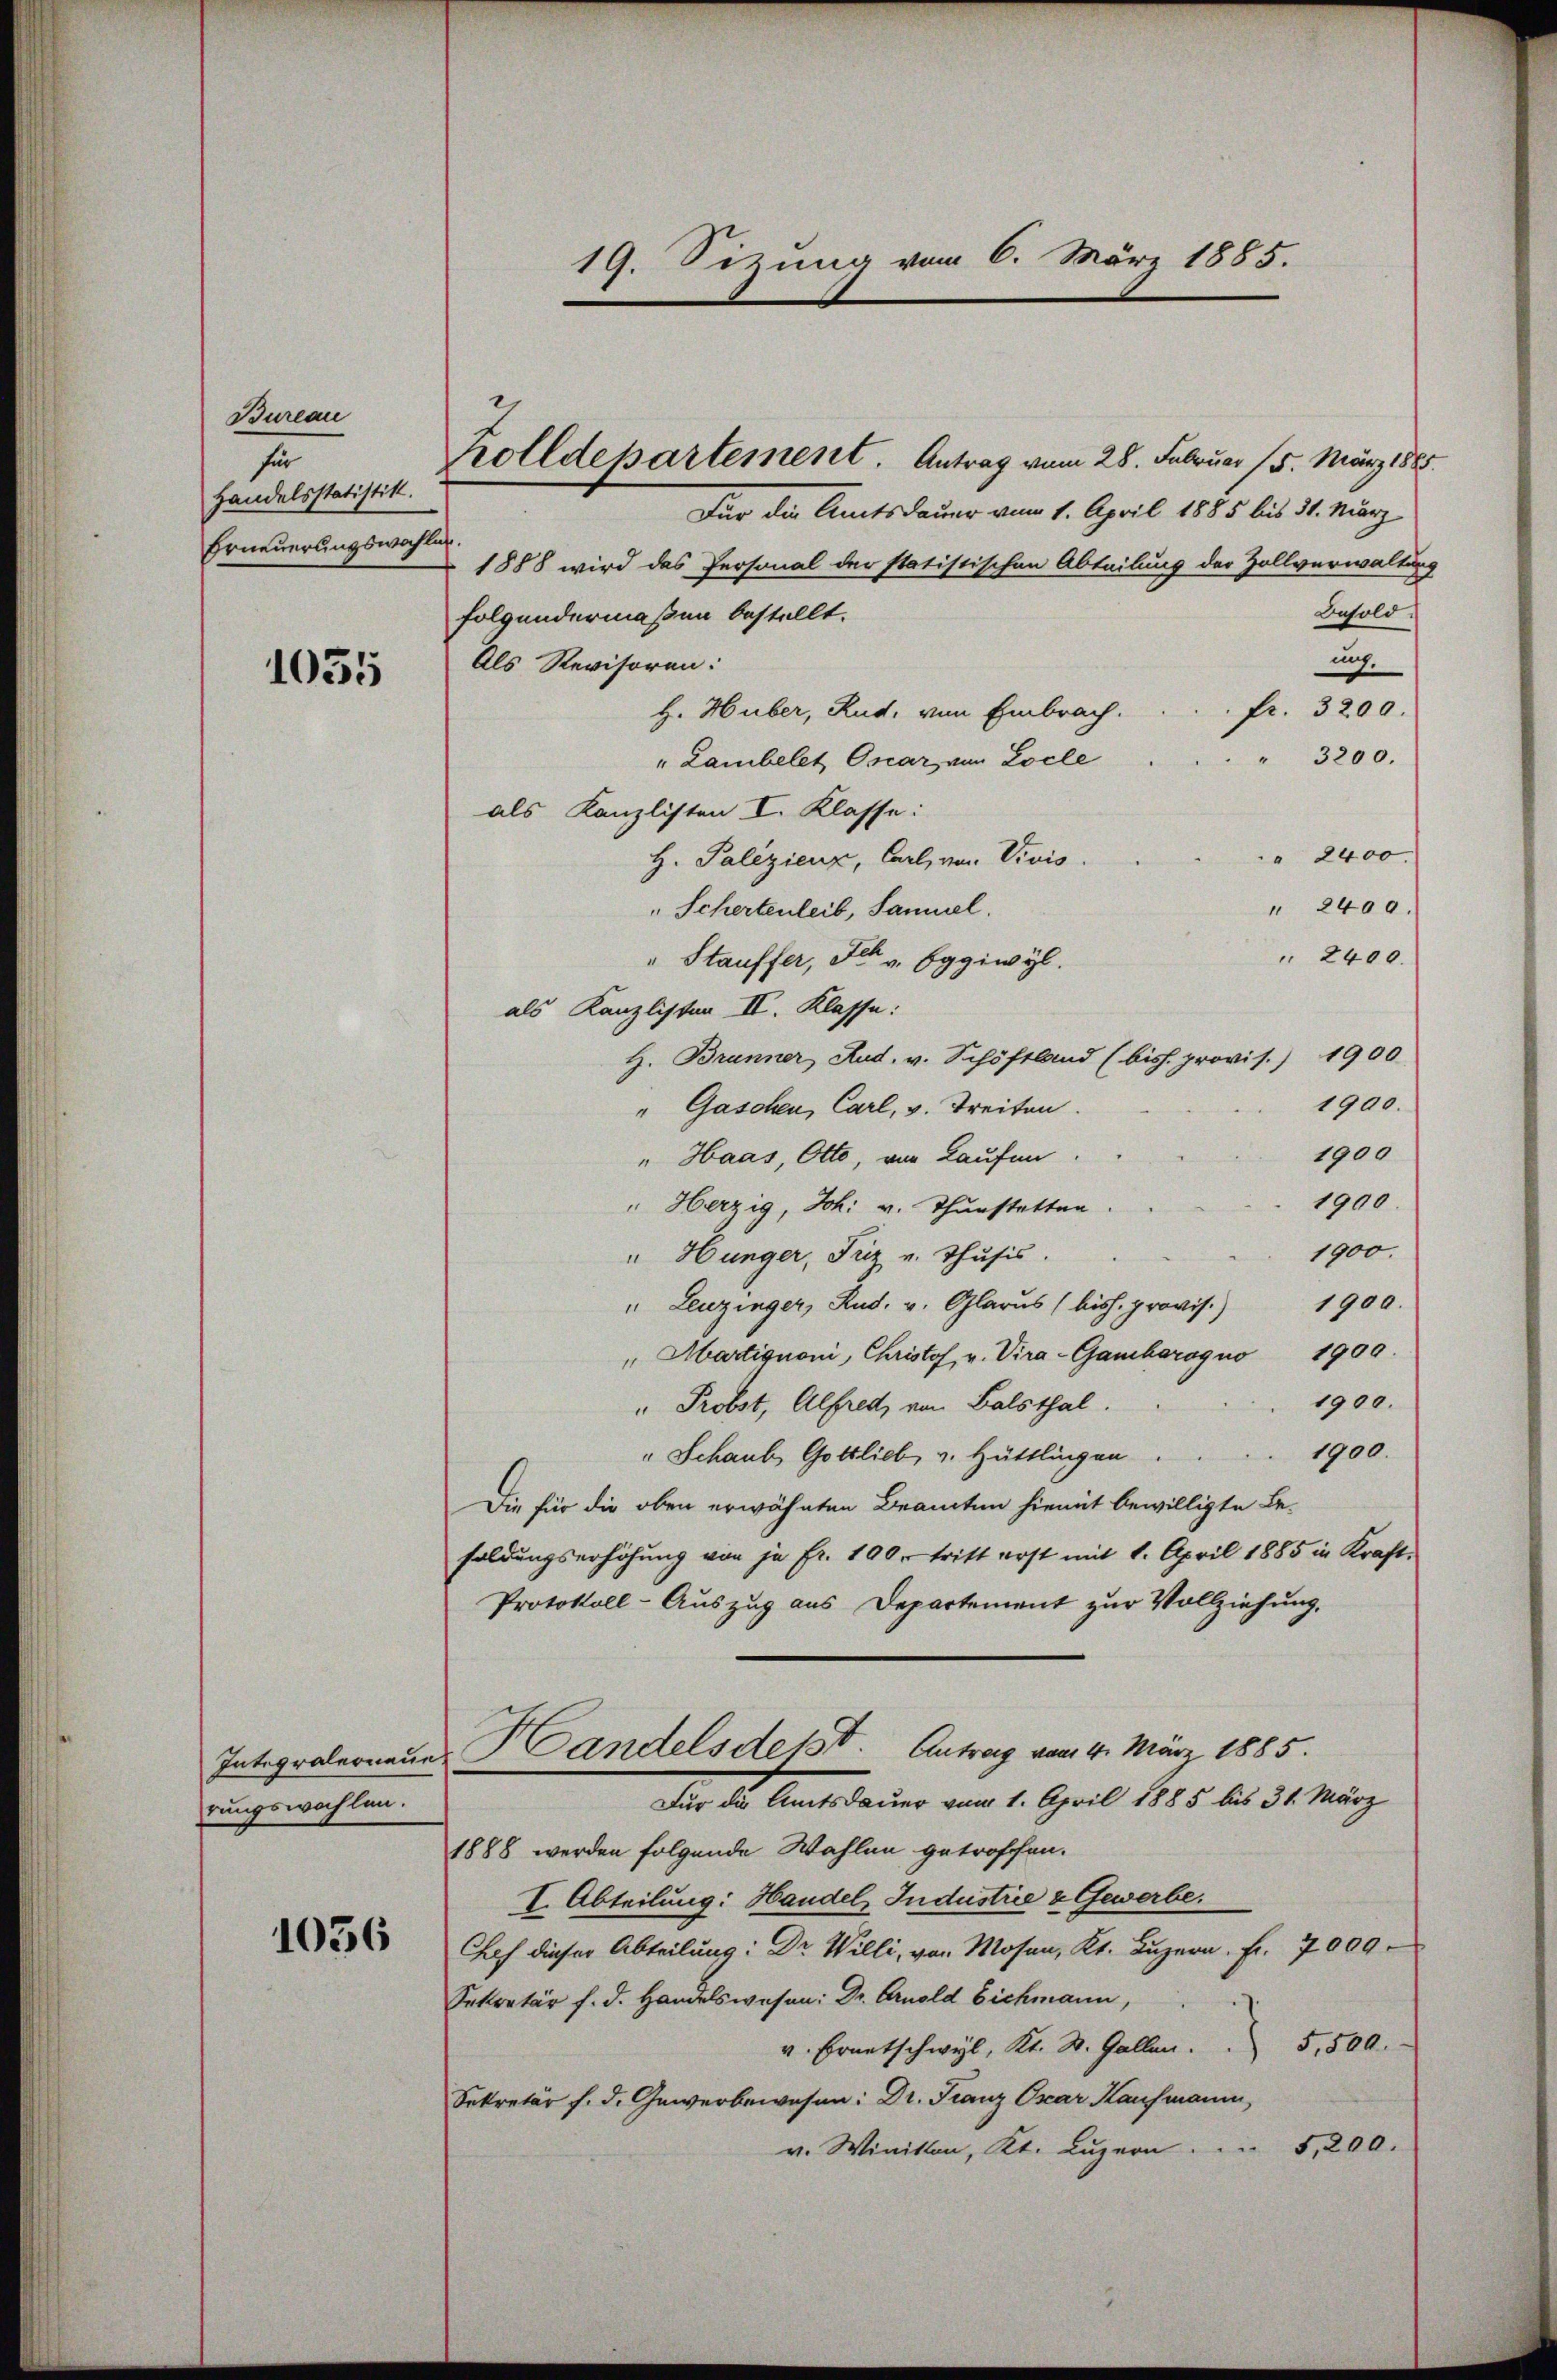
Bureau
für
Handelsstatistik.
Erneuerungswahle

1055

Integralerneue
rungswahlen.

1056

19. Sitzung vom 6. März 1885.

Zolldepartement. Antrag vom 28. Februar 15. März 1883
Für die Amtsdauer vom 1. April 1885 bis 31. März
1888 wird das Personal der statistischen Abteilung der Zollverwalten-
Besold.
folgendermaßen bestellt.
uf.
Als Revisoren:
fr. 3200.
H. Huber, Rud. von Embrach.
" 3200.
" Lambelet Oscar von Locle
als Kanzlisten I. Klasse:
" 2400.
H. Palizienz, Carl, von Vivis.
Schertenleib, Samuel.
" 2400.
 2400.
" Stauffer, Ill. v. Eggiwyl.
als Kanzlisten II. Klasse:
H. Brunner Rud. v. Schöstland (biss. provis.) 1900
1900.
"Gaschen, Carl, v. Treiten.
1900
" Haas, Otto, von Laufen
1900.
" Herzig, Joh. v. Thurstatten
1900.
" Hunger, Fez u. Thusis.
" Leuzinger, Rud. v. Glarus (biss. provis. 1900.
" Martignoni, Christof, v. Vira-Gambarogno 1900.
1900.
" Probst, Alfred, von Balsthal.
1900.
" Schaub Gottlieb, v. Hüttlingen.
Die für die oben erwähnten Beamten hiemit bewilligte Be-
soldungserhöhung von je Fr. 100. tritt erst mit 1. April 1885 in Kraft¬
Protokoll-Auszug aus Departement zur Vollziehung,
Handels desst. Antrag vom 4. März 1885.
Dir das Amtsdauer vom 1. April 1885 bis 31. März
1888 werden folgende Wahlen getroffen.
I. Abteilung: Handel, Industrie & Gewerbe.
Fach dieser Abteilung: Dr. Willi, von Mosen, Kt. Luzern. Fr. 7009
Sekretär f. d. Handelswesen: Dr. Arnold Eichmann,
v. Frantschwyl, Kt. St. Gallen.  5,500.
Sekretär f. d. Gewerbewesen: Dr. Franz Oxar Kaufmann,
5,200.
v. Winikon, Kt. Luzern